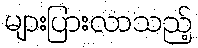
များပြားလာသည့်